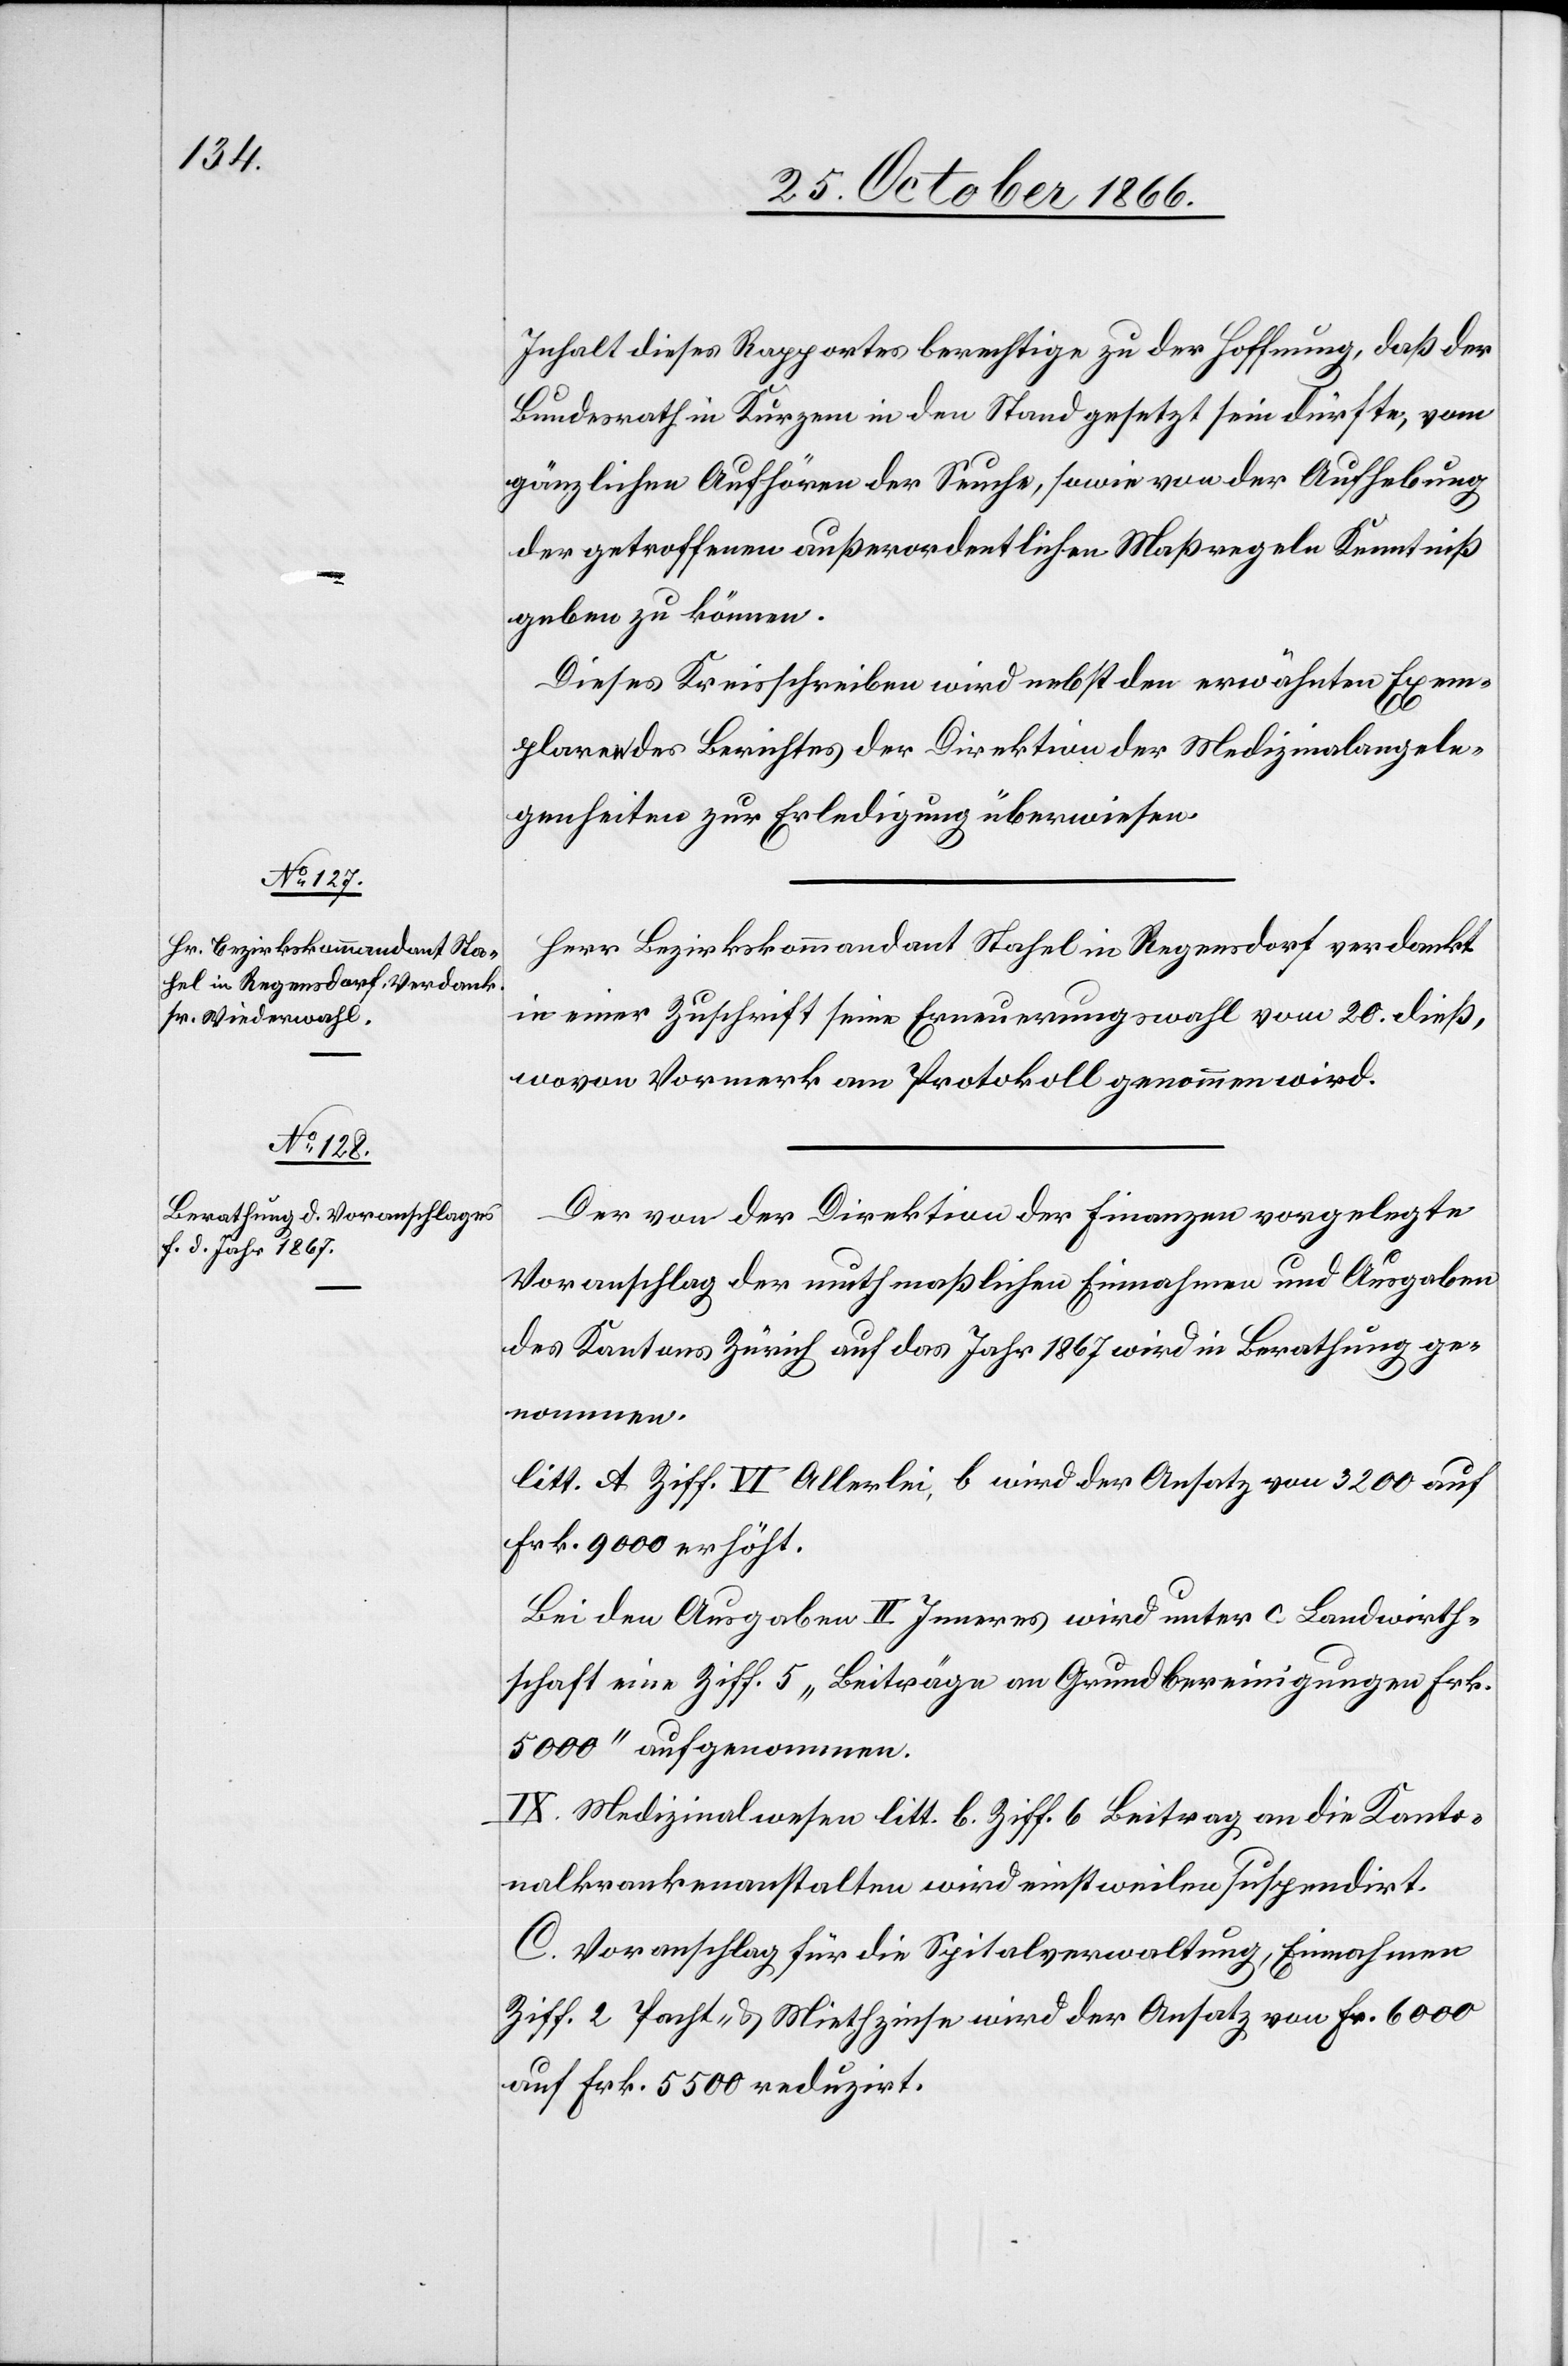
Inhalt dieses Rapportes berechtige zu der Hoffnung, daß der
Bundesrath in Kurzem in den Stand gesetzt sein dürfte, vom
gänzlichen Aufhören der Seuche, sowie von der Aufhebung
der getroffenen außerordentlichen Maßregeln Kenntniß
geben zu können.
Dieses Kreisschreiben wird nebst den erwähnten Exem¬
plaren des Berichtes der Direktion der Medizinalangele¬
genheiten zur Erledigung überwiesen.
Herr Bezirkskommandant Stahel in Regensdorf verdankt
in einer Zuschrift seine Erneuerungswahl vom 20. dieß,
wovon Vormerk am Protokoll genommen wird.
Der von der Direktion der Finanzen vorgelegte
Voranschlag der muthmaßlichen Einnahmen und Ausgaben
des Kantons Zürich auf das Jahr 1867 wird in Berathung ge¬
nommen.
litt. A. Ziff. VI Allerlei, b wird der Ansatz von 3200 auf
Frk. 9000 erhöht.
Bei den Ausgaben II Inneres wird unter c. Landwirth¬
schaft eine Ziff 5 „Beiträge an Grundbereinigungen Frk.
5000“ aufgenommen.
IX. Medizinalwesen litt. b. Ziff. 6 Beitrag an die Kanto¬
nalkrankenanstalten wird einstweilen suspendirt.
C. Voranschlag für die Spitalverwaltung, Einnahmen
Ziff. 2 Pacht- & Miethzinse wird der Ansatz von Fr. 6000
auf Frk. 5500 reduzirt.